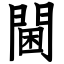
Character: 閫